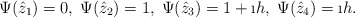
\begin{align*}\Psi(\hat z_1)=0,\;\Psi(\hat z_2)=1,\;\Psi(\hat z_3)=1+\i h,\;\Psi(\hat z_4)=\i h.\end{align*}